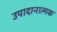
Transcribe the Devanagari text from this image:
उपादानात्मक